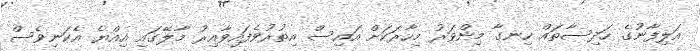
އަލިފާނުގެ ހަދިސާތައް ހިނގާ މިންވަރު މިހާރަކަށް އައިސް އިތުރުވެފައިވާއިރު މާލޭގައި އިއްޔެ އެކަނިވެސް